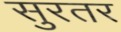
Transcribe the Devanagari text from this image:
सुरतर